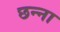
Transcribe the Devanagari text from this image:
छन्ना